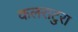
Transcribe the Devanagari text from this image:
कलराटुरा